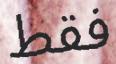
فقط